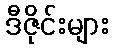
ဒီဇိုင်းများ